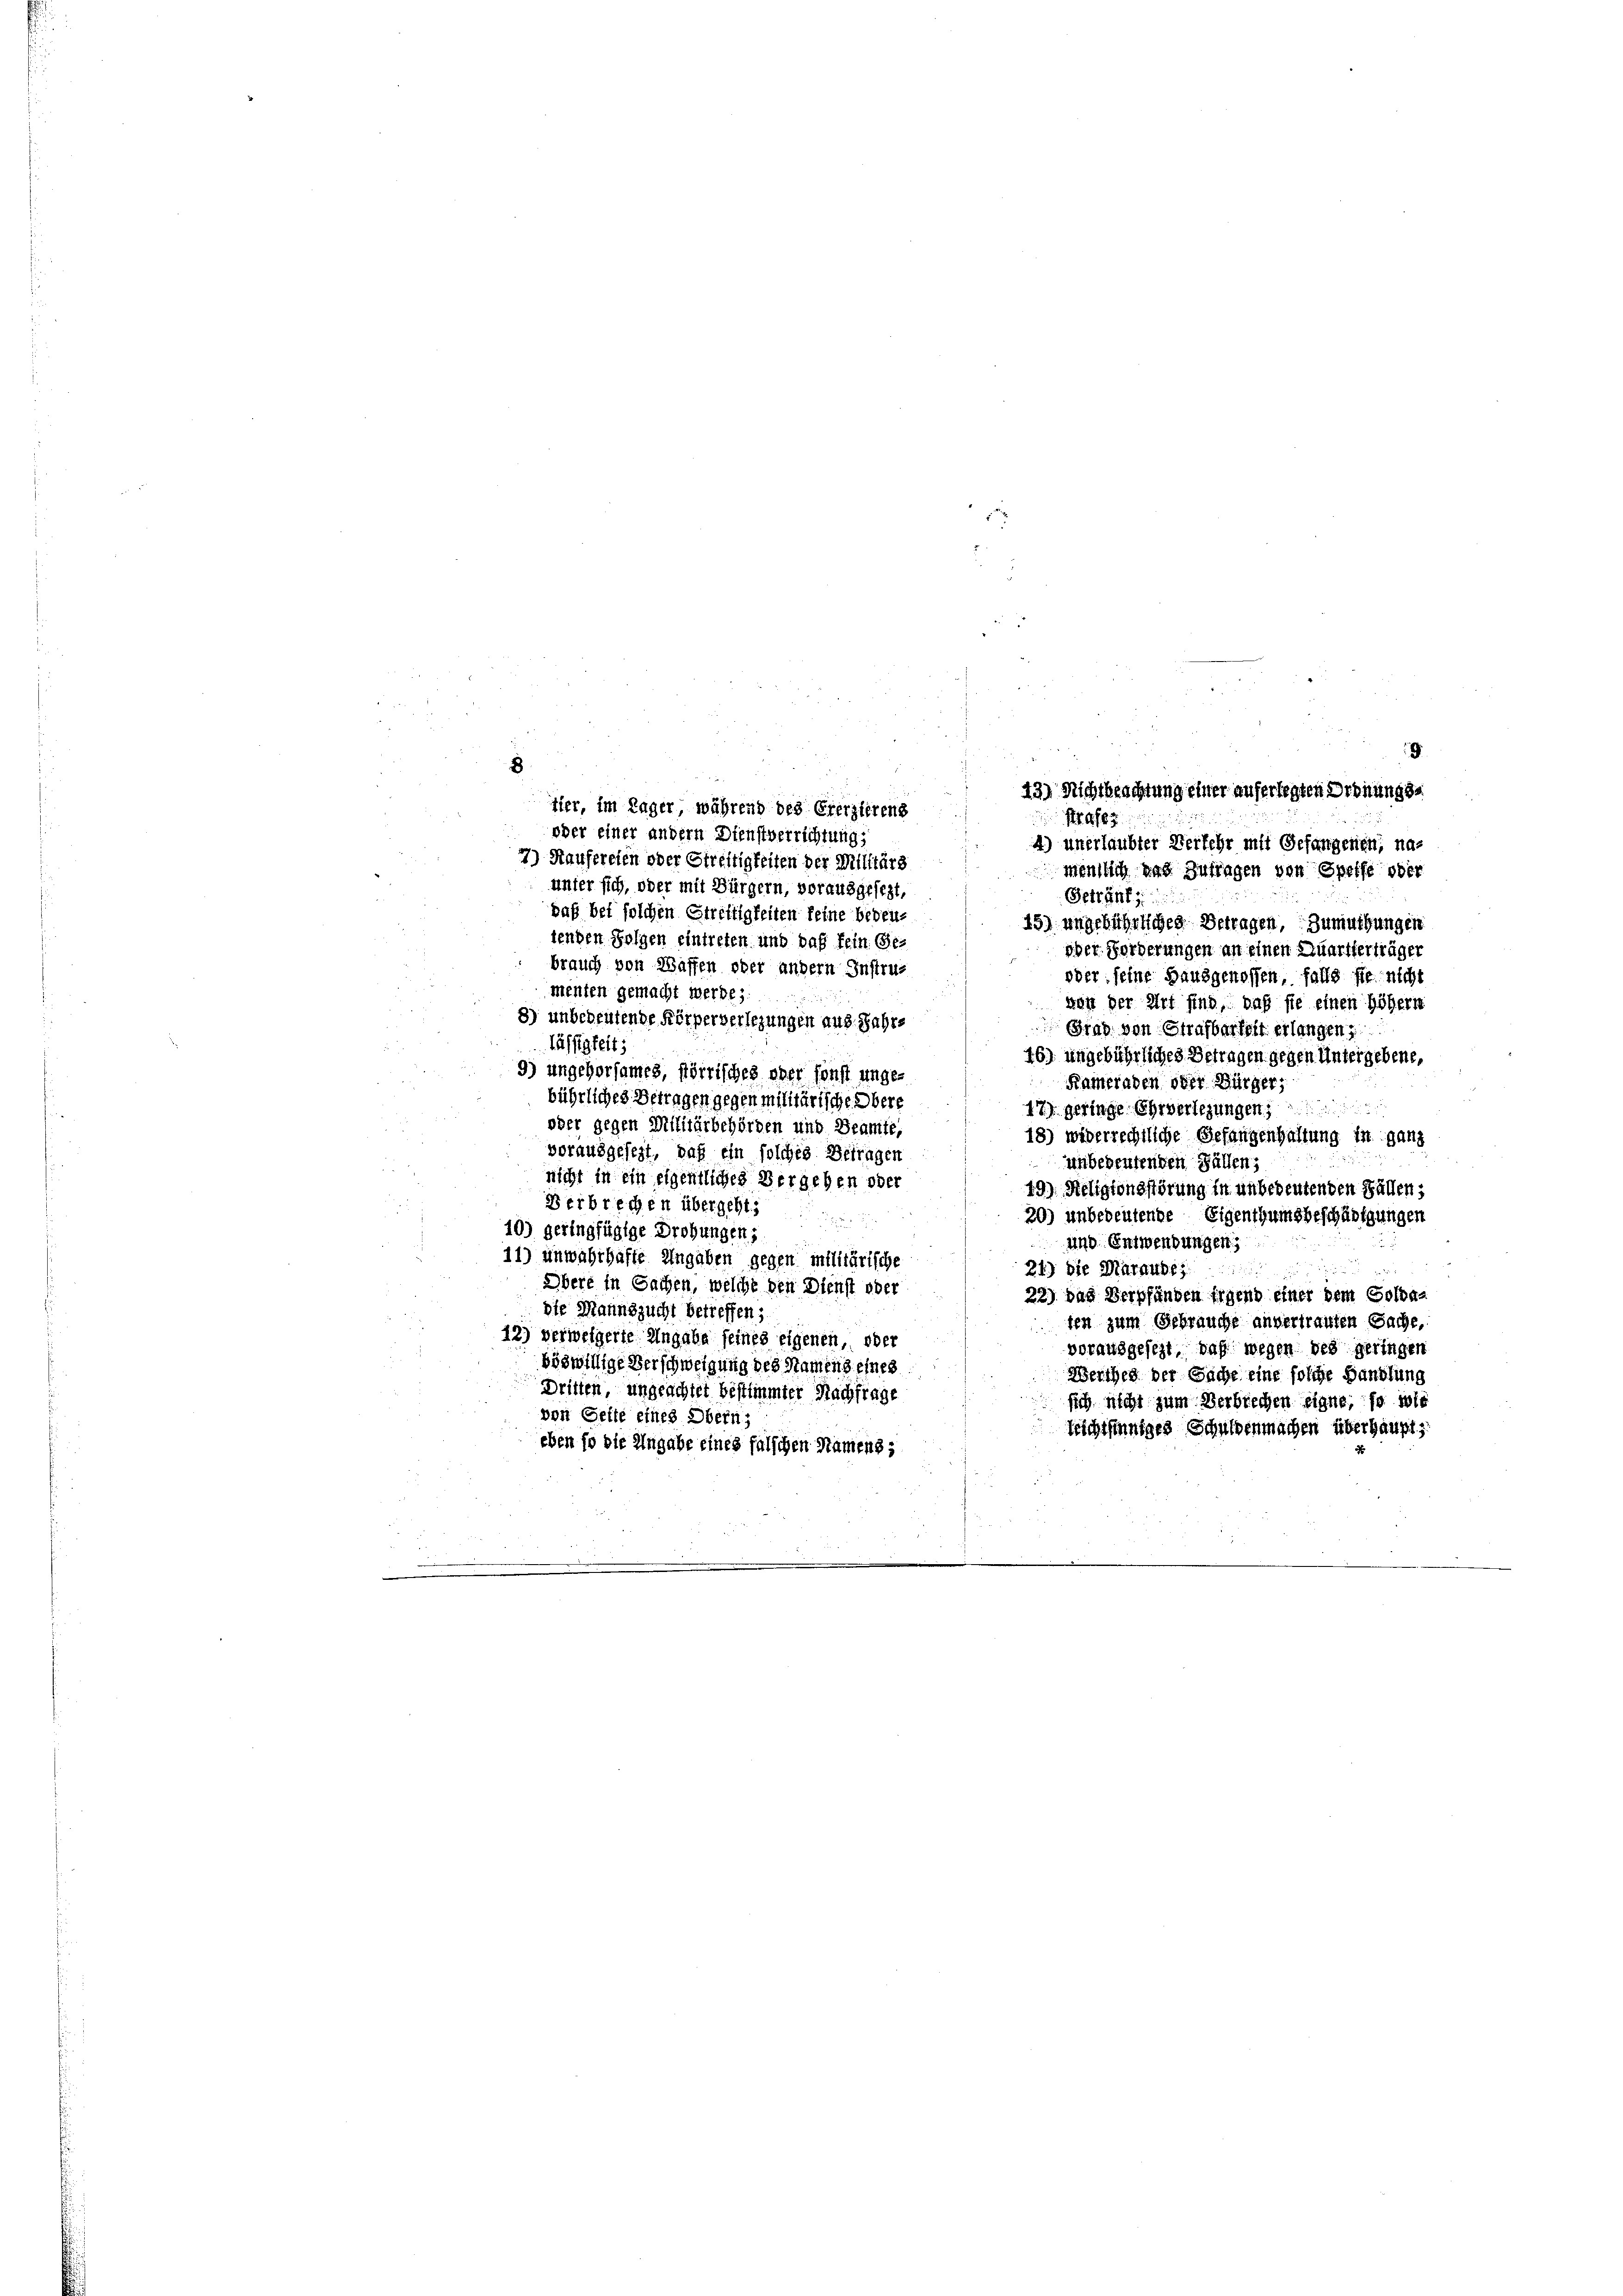
u

8
7) Manfereten oder Streftigkeiten der Militärs
mentlich das Zutragen von Speise ober
unter sich, oder mit Bürgern, vorausgesezt,
Getränk
daß bei solchen Streitigkeiten feine bedeu¬
15) angebührliches Betragen, Zumuthungen
lenden Folgen eintreten und daß fein Ge¬
oder Forderungen an einen Quartterträger
brauch von Waffen oder andern Instru¬
oder seine Hausgenossen, falls sie nicht
menten gemacht werde;
wen der Art sind, daß sie einen Höhern
8) unbedeutende Körperverlegungen aus. Jahrs
Grad von Strafbartelt erlangen
lässigkeit,
46) angebührliches Betragen gegen Untergebene,
9) ungehorsames, förtisches oder sonst unge¬
Kameraden oder Bürger;
bührliches Vertagen gegen militärische Obere
17) geringe Ehrverlegungen
oder gegen Militärbehörden und Beamte,
18) widerrechtliche Gefangenhaltung in ganz
vorausgesezt, daß ein solches Betragen
unbedeutenden Fällen;
nicht in ein eigentliches Vergehen oder
49) Seligionsstörung in unbedeutenden Fällen;

erbrechen übergeht
20) unbedeutende Eigenthumsbeschädigungen
10) geringfügige Drohungen;
440. Entwendungen,
11) unwahrhafte Angaben gegen militärische
24) Die Marauses
Übere in Sachen, welche den Dienst oder
22.) Das Verpfänden irgend einer dem Goldadie Mannszucht betreffen;
ten zum Gebrauche anvertrauten Sache,
12) verweigerte Angabe seines eigenen oder
vorausgesezt, daß wegen des geringen
böswillige Verschweigung des Namens eines
Werthei der Sache eine solche Handlung
Dritten, ungeachtet bestimmter Nachfrage
sich nicht zum Verbrechen eigne, so wie
von Gelte eines Obern;
teichtsinniges Schuldenmachen überhaupts
eben so die Angabe eines falschen Namens,

43) Nichtbeachtung einer auferlegten Ordnungstier, im Lager, während des Ererzierens
G63.
oder einer andern Dienstverrichtung,
4) unerlaubter Verkehr mit Gefangenen; na-